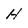
Character: H